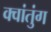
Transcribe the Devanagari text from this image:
क्वांतुंग